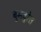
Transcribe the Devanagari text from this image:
बुमबुरेत